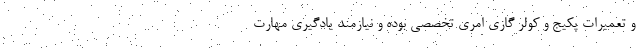
و تعمیرات پکیج و کولر گازی امری تخصصی بوده و نیازمند یادگیری مهارت